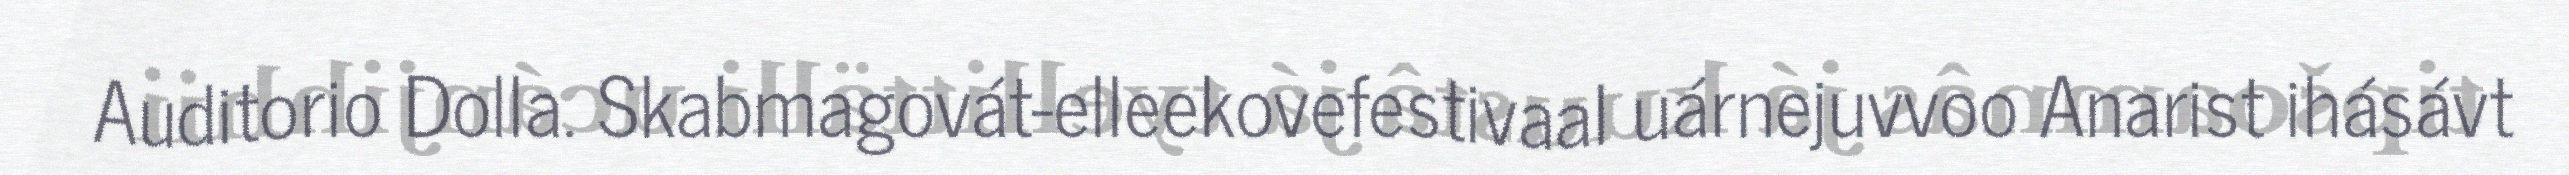
Auditorio Dolla. Skabmagovát-elleekovefestivaal uárnejuvvoo Anarist ihásávt